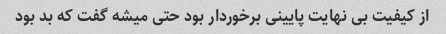
از کیفیت بی نهایت پایینی برخوردار بود حتی میشه گفت که بد بود